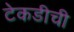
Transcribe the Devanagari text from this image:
टेकडीची